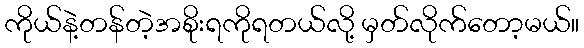
ကိုယ်နဲ့တန်တဲ့အစိုးရကိုရတယ်လို့ မှတ်လိုက်တော့မယ်။